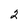
Character: 2